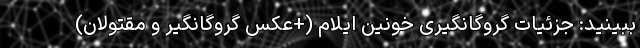
ببینید: جزئیات گروگانگیری خونین ایلام (+عکس گروگانگیر و مقتولان)